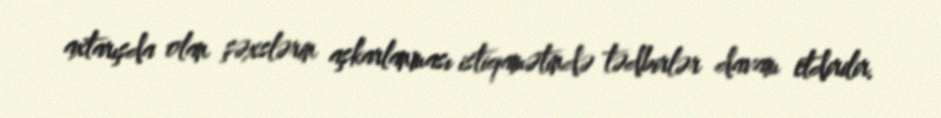
axtarışda olan şəxslərin aşkarlanması istiqamətində tədbirlər davam etdirilir.